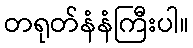
တရုတ်နံနံကြီးပါ။